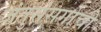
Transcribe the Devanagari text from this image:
जंतुसंसर्गाची